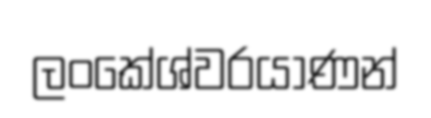
ලංකේශ්වරයාණන්